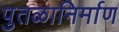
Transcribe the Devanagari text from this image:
पुतळानिर्माण